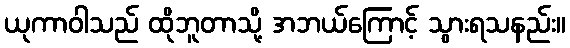
ယုကာဝါသည် ထိုဘူတာသို့ အဘယ်ကြောင့် သွားရသနည်း။